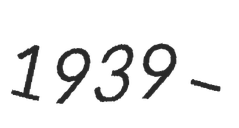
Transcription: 1939 –